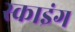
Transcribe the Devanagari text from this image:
स्‍काइंग